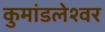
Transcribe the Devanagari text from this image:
कुमांडलेश्वर